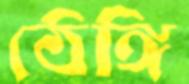
ঠেঙ্গি